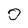
Character: 0